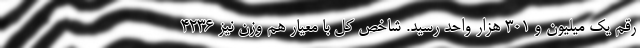
رقم یک میلیون و ۳۰۱ هزار واحد رسید. شاخص کل با معیار هم وزن نیز ۴۲۳۶